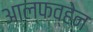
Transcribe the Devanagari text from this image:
आल्फव्हेन